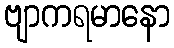
ဗျာကရမာနော